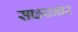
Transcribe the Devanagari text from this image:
साक्ष्यभार